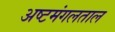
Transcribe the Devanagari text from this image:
अष्टमंगलताल